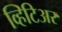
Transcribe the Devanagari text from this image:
व्हिटिअर